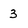
Character: 3